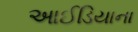
આઈડિયાના